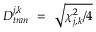
D _ { t r a n } ^ { j , k } ~ = ~ \sqrt { \chi _ { j , k } ^ { 2 } / 4 }